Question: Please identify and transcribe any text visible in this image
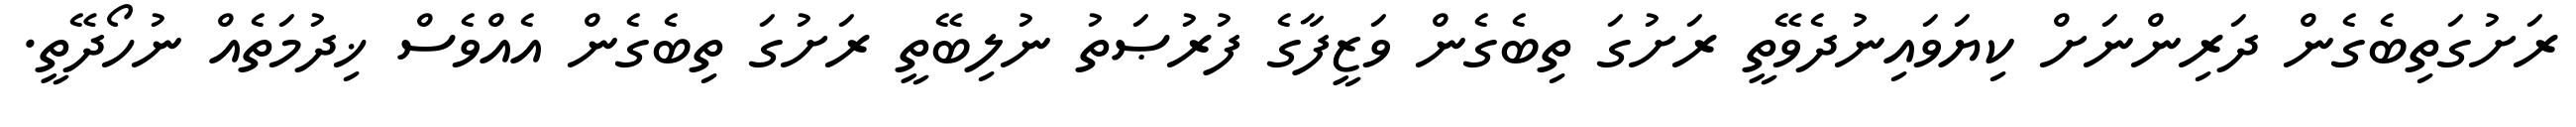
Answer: ރަށުގަތިބެގެން ދަރިންނަށް ކިޔަވައިނުދެވޭތީ ރަށުގަ ތިބެގެން ވަޒީފާގެ ފުރުޞަތު ނުލިބޭތީ ރަށުގަ ތިބެގެން އެއްވެސް ޚިދުމަތެއް ނުހޯދޭތީ.